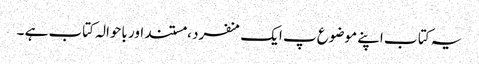
یہ کتا ب اپنے موضوع پ ایک منفرد ، مستند اور باحوالہ کتاب ہے ۔